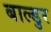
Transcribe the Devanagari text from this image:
बाल्डुर